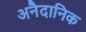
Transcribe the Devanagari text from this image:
अनैदानिक